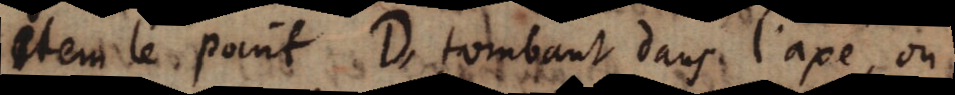
item le point D, tombant dans l’axe, ou